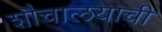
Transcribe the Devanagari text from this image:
शौचालयाची